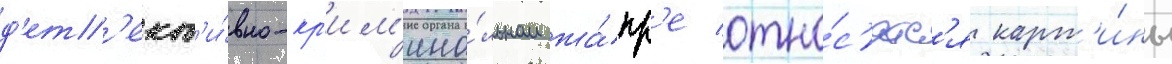
д'ет'ект'и́вно-кр'им'ина́льном жа́нр'е отно́с'ятс'я карт'и́ны